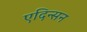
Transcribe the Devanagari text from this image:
एदिन्सन